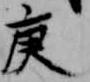
庚